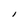
Character: l